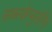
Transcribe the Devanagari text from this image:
सब्स्केप्युलेरिस